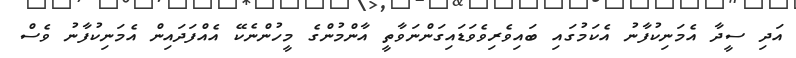
އަދި ސީދާ އެމަނިކުފާނު އެކަމުގައި ބައިވެރިވެވަޑައިގަންނަވާތީ އާންމުންގެ މީހުންނެކޭ އެއްފަދައިން އެމަނިކުފާނު ވެސް